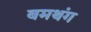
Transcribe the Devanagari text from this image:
बमथंग